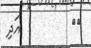
٦٢         އަދި